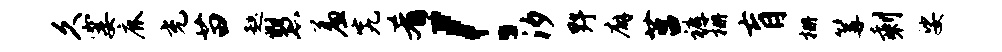
久霎鹿充苗趑慧羞究肴！汐野廨莒裤栅肓栅篝剩娑